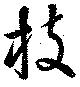
枝